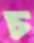
চ